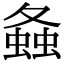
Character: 𧍸